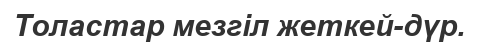
Толастар мезгіл жеткей-дүр.